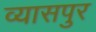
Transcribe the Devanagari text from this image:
व्‍यासपुर